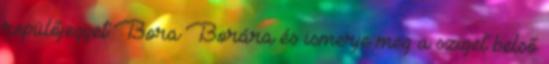
repülőjegyet Bora Borára és ismerje meg a sziget belső